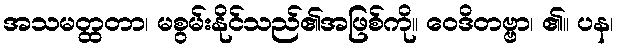
အသမတ္ထတာ၊ မစွမ်းနိုင်သည်၏အဖြစ်ကို။ ဝေဒိတဗ္ဗာ၊ ၏။ ပန၊